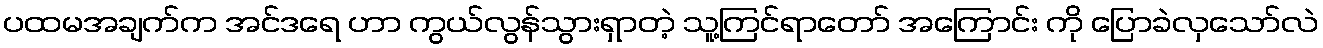
ပထမအချက်က အင်ဒရေ ဟာ ကွယ်လွန်သွားရှာတဲ့ သူ့ကြင်ရာတော် အကြောင်း ကို ပြောခဲလှသော်လဲ